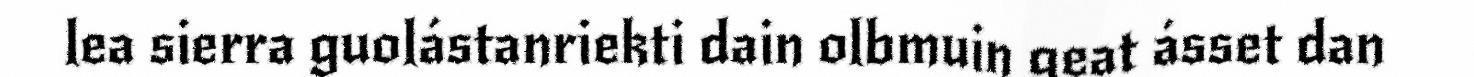
lea sierra guolástanriekti dain olbmuin geat ásset dan